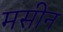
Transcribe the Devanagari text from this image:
मसीन